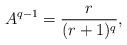
LaTeX: \begin{align*}A^{q-1} = \frac{r}{(r+1)^q},\end{align*}